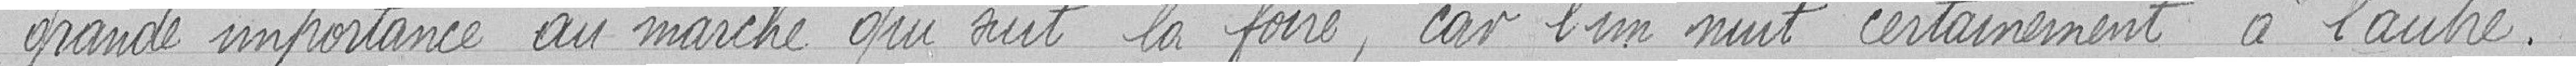
grande importance au marché qui suit la foire, car l'un nuit certainement à l'autre.